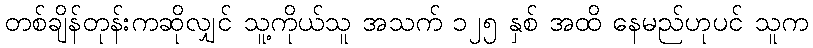
တစ်ချိန်တုန်းကဆိုလျှင် သူ့ကိုယ်သူ အသက် ၁၂၅ နှစ် အထိ နေမည်ဟုပင် သူက